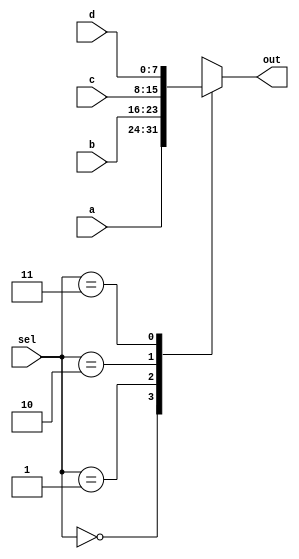
module mux8bit_4x1(a,b,c,d,sel,out);//fourth one is for custom instruction: load from register address
output reg [7:0] out;
input [1:0] sel;
input [7:0] a,b,c,d;
always@(*) begin
    case(sel)
        2'b00:out = a;
        2'b01:out = b;
        2'b10:out = c;
        2'b11:out = d;
    endcase;
end
endmodule

module mux8bit_2x1(a,b,sel,out);//fourth one is for custom instruction: load from register address
output reg [7:0] out;
input sel;
input [7:0] a,b;
always@(*) begin
    case(sel)
        1'b0:out = a;
        1'b1:out = b;
    endcase;
end
endmodule

module mux9bit_2x1(a,b,sel,out);//for use in pc aggregate module
output reg [8:0] out;
input sel;
input [8:0] a,b;
always@(*) begin
    case(sel)
        1'b0:out = a;
        1'b1:out = b;
    endcase;
end
endmodule

module mux16bit_2x1(a,b,sel,out);
output reg [15:0] out;
input sel;
input [15:0] a,b;
always@(*) begin
    case(sel)
        1'b0:out = a;
        1'b1:out = b;
    endcase;
end
endmodule

module mux16bit_4x1(a,b,c,d,sel,out);
output reg [15:0] out;
input [1:0] sel;
input [15:0] a,b,c,d;
always@(*) begin
    case(sel)
        2'b00:out = a;
        2'b01:out = b;
        2'b10:out = c;
        2'b11:out = d;
    endcase
end
endmodule